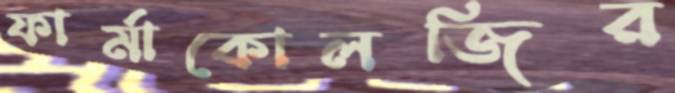
ফার্মাকোলজির